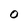
Character: O